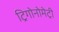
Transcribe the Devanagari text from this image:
ट्रिगोनोमेट्री